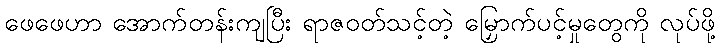
ဖေဖေဟာ အောက်တန်းကျပြီး ရာဇဝတ်သင့်တဲ့ မြှောက်ပင့်မှုတွေကို လုပ်ဖို့